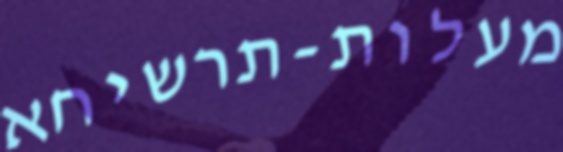
מעלות-תרשיחא